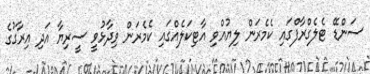
ސަންޑޭ ޓެލެގްރާފްގައި ކެމެރަން ލިޔުއްވި އާޓިކަލެއްގައި ކެމެރަން ވިދާޅުވީ ސީރިޔާ އަދި އިރާގުގެ